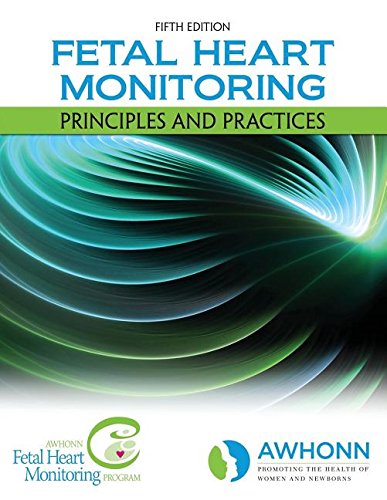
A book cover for Fetal Heart Monitoring: Principles and Practices (AWHONN, Fetal Heart Monitoring); AWHONN; Medical Books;